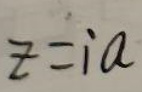
$z = i a$